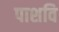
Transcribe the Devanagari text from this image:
पाशवि